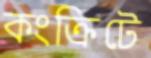
কংক্রিটে